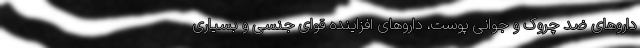
داروهای ضد چروک و جوانی پوست، داروهای افزاینده قوای جنسی و بسیاری